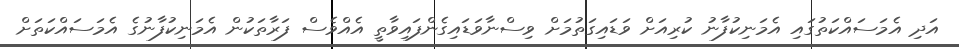
އަދި އެމަސައްކަތުގައި އެމަނިކުފާނު ކުރިއަށް ވަޑައިގަތުމަށް ވިސްނާވަޑައިގެންފައިވާތީ އެއްވެސް ފަރާތަކުން އެމަނިކުފާނުގެ އެމަސައްކަތަށް